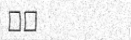
١٥